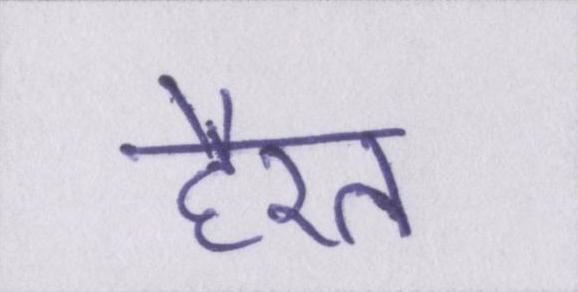
हैरत